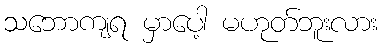
သဘောကျရ မှာပေါ့ မဟုတ်ဘူးလား